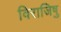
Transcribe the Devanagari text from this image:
विराजिषु